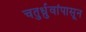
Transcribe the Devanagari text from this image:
चतुर्ध्रुवांपासून